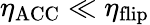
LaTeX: \eta_{\mathrm{ACC}}\ll\eta_{\mathrm{flip}}